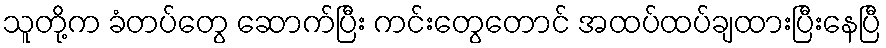
သူတို့က ခံတပ်တွေ ဆောက်ပြီး ကင်းတွေတောင် အထပ်ထပ်ချထားပြီးနေပြီ